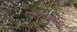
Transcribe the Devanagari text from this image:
गच्चीवरुन